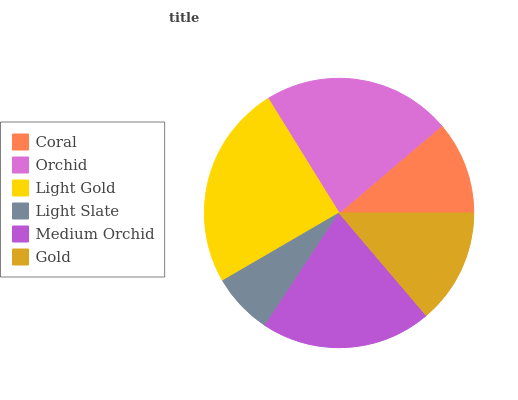
| Coral | Orchid | Light Gold | Light Slate | Medium Orchid | Gold |
 | --- | --- | --- | --- | --- | --- |
 | 11.2% | 22.6% | 24.5% | 7.35% | 20.5% | 13.8% |